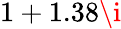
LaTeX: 1+1.38\i